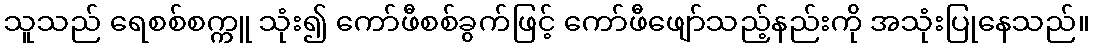
သူသည် ရေစစ်စက္ကူ သုံး၍ ကော်ဖီစစ်ခွက်ဖြင့် ကော်ဖီဖျော်သည့်နည်းကို အသုံးပြုနေသည်။